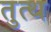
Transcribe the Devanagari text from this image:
तुत्थ